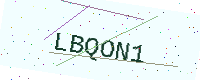
Text: LBQON1